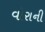
વોરાની